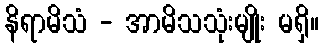
နိရာမိသံ - အာမိသသုံးမျိုး မရှိ။